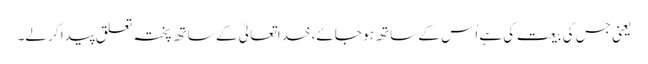
یعنی جس کی بیعت کی ہے اُس کے ساتھ ہو جائے، خدا تعالیٰ کے ساتھ پختہ تعلق پیدا کر لے۔